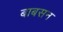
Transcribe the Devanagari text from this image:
बाबसन